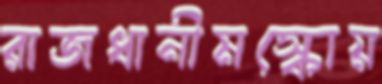
রাজধানীমস্কোয়